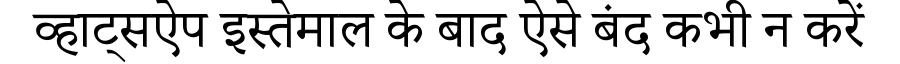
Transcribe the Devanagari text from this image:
व्हाट्सऐप इस्तेमाल के बाद ऐसे बंद कभी न करें